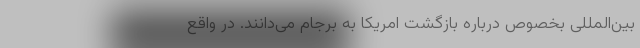
بین‌المللی بخصوص درباره بازگشت امریکا به برجام می‌دانند. در واقع